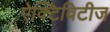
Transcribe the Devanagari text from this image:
ऐक्टिविटीज